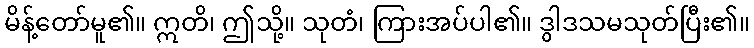
မိန့်တော်မူ၏။ ဣတိ၊ ဤသို့။ သုတံ၊ ကြားအပ်ပါ၏။ ဒွါဒသမသုတ်ပြီး၏။